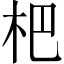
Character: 杷